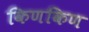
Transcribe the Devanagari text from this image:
किणकिण